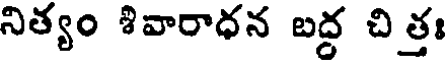
నిత్యం శివారాధన బద్ద చిత్తః